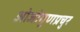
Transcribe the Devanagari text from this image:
ओजोगुणप्रचुर